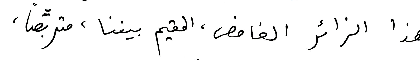
هذا الزائر الغامض. المقيم بيننا، متربِّصاً،